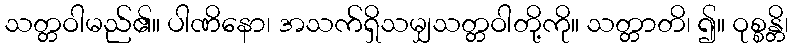
သတ္တဝါမည်၏။ ပါဏိနော၊ အသက်ရှိသမျှသတ္တဝါတို့ကို။ သတ္တာတိ၊ ၍။ ဝုစ္စန္တိ၊